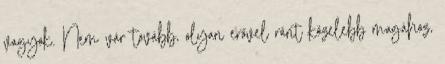
vagyok. Nem vár tovább, olyan erővel ránt közelebb magához,